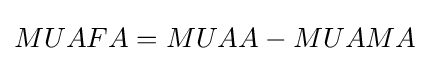
MUAFA=MUAA-MUAMA